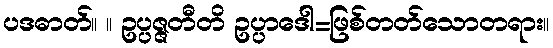
ပဒဓာတ်။ ။ ဥပ္ပဇ္ဇတီတိ ဥပ္ပာဒေါ=ဖြစ်တတ်သောတရား။